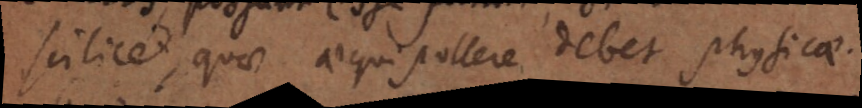
scilicet, quae aequipollere debet physicae.